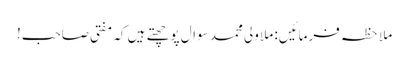
ملاحظہ فرمائیں: ملا ولی محمد سوال پوچھتے ہیں کہ مفتی صاحب!